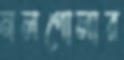
নলগোলার